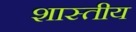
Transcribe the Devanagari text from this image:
शास्तीय